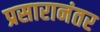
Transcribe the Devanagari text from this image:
प्रसारानंतर